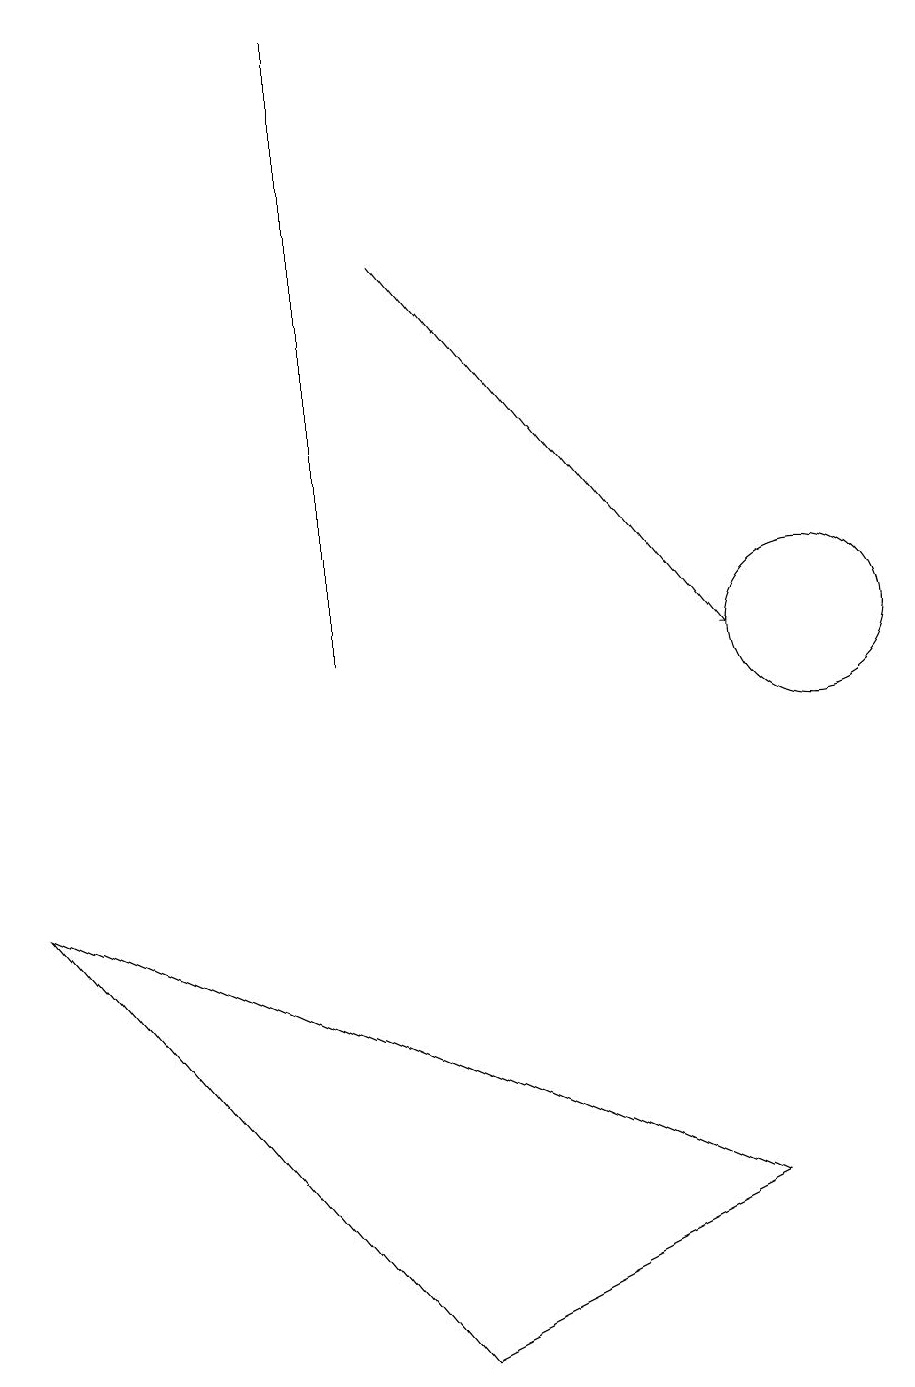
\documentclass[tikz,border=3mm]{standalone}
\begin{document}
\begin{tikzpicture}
\draw (10,10) circle (1);
\draw[->] (5,15) -- (9,10);
\draw (5,1) -- (0,7) -- (9,3) -- cycle;
\draw (4,10) rectangle (4,18);
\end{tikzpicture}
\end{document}